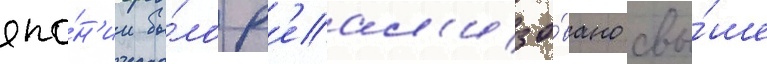
япо́н'ии бы́ло р'еал'изо́вано свы́ше